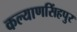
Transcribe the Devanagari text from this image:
कल्याणसिंहपुर